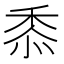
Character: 𮮐